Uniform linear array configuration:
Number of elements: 8
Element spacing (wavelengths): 0.75
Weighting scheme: hann
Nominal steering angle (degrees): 0
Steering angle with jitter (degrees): -1.068
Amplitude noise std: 0.05
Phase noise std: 0.05

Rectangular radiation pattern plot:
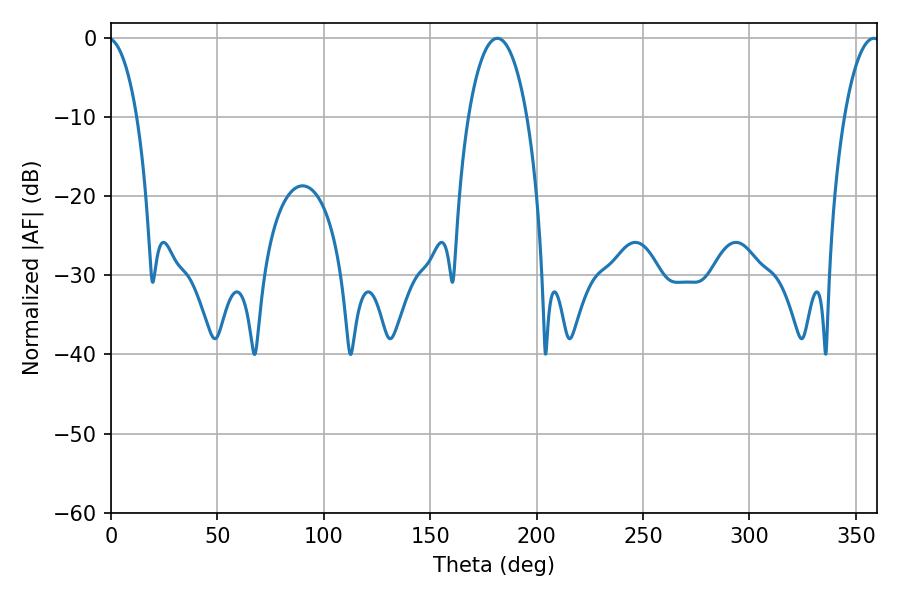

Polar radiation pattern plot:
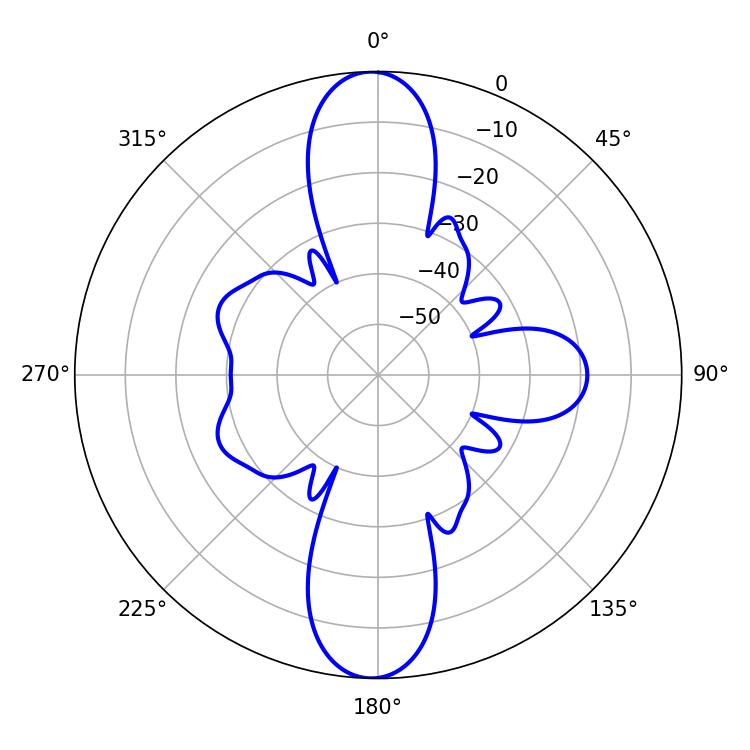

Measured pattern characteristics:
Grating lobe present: TRUE
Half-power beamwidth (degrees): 15.48
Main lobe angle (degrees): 181.44